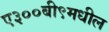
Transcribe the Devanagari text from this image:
ए३००बी९मधील